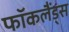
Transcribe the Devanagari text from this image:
फॉकलैंड्स